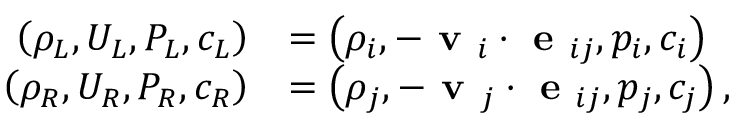
\begin{array} { r l } { \left( \rho _ { L } , U _ { L } , P _ { L } , c _ { L } \right) } & { = \left( \rho _ { i } , - \textbf { v } _ { i } \cdot \textbf { e } _ { i j } , p _ { i } , c _ { i } \right) } \\ { \left( \rho _ { R } , U _ { R } , P _ { R } , c _ { R } \right) } & { = \left( \rho _ { j } , - \textbf { v } _ { j } \cdot \textbf { e } _ { i j } , p _ { j } , c _ { j } \right) , } \end{array}